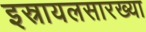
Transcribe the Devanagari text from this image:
इस्रायलसारख्या